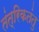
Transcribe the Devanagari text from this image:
तंत्रिकतंतु